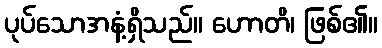
ပုပ်သောအနံ့ရှိသည်။ ဟောတိ၊ ဖြစ်၏။